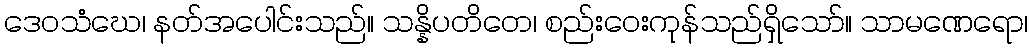
ဒေဝသံဃေ၊ နတ်အပေါင်းသည်။ သန္နိပတိတေ၊ စည်းဝေးကုန်သည်ရှိသော်။ သာမဏေရော၊